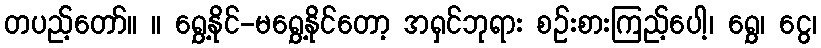
တပည့်တော်။ ။ ရွှေ့နိုင်-မရွှေ့နိုင်တော့ အရှင်ဘုရား စဉ်းစားကြည့်ပေါ့၊ ရွှေ၊ ငွေ၊